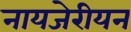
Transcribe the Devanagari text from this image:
नायजेरीयन